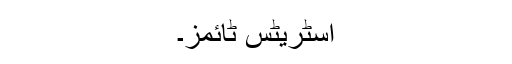
اسٹریٹس ٹائمز۔